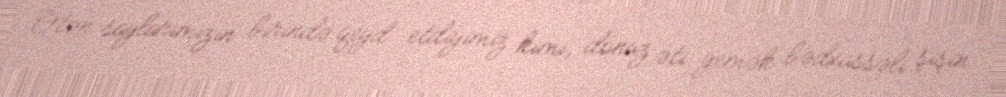
Ötən saylarımızın birində qeyd etdiyimiz kimi, donuz əti yemək bədxassəli şişin